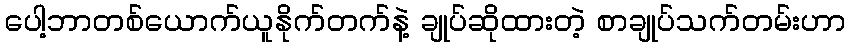
ပေါ့ဘာတစ်ယောက်ယူနိုက်တက်နဲ့ ချုပ်ဆိုထားတဲ့ စာချုပ်သက်တမ်းဟာ